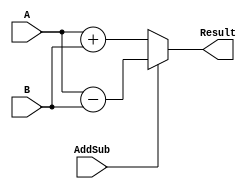
module adder_subtractor (AddSub, A, B, Result);
	input AddSub;
	input [8:0] A, B;
	output reg [8:0] Result;
	
	always @ (AddSub, A, B)
	if (AddSub)
		Result <= A - B;
	else
		Result <= A + B;
endmodule